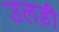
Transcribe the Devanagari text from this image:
उलड़ी